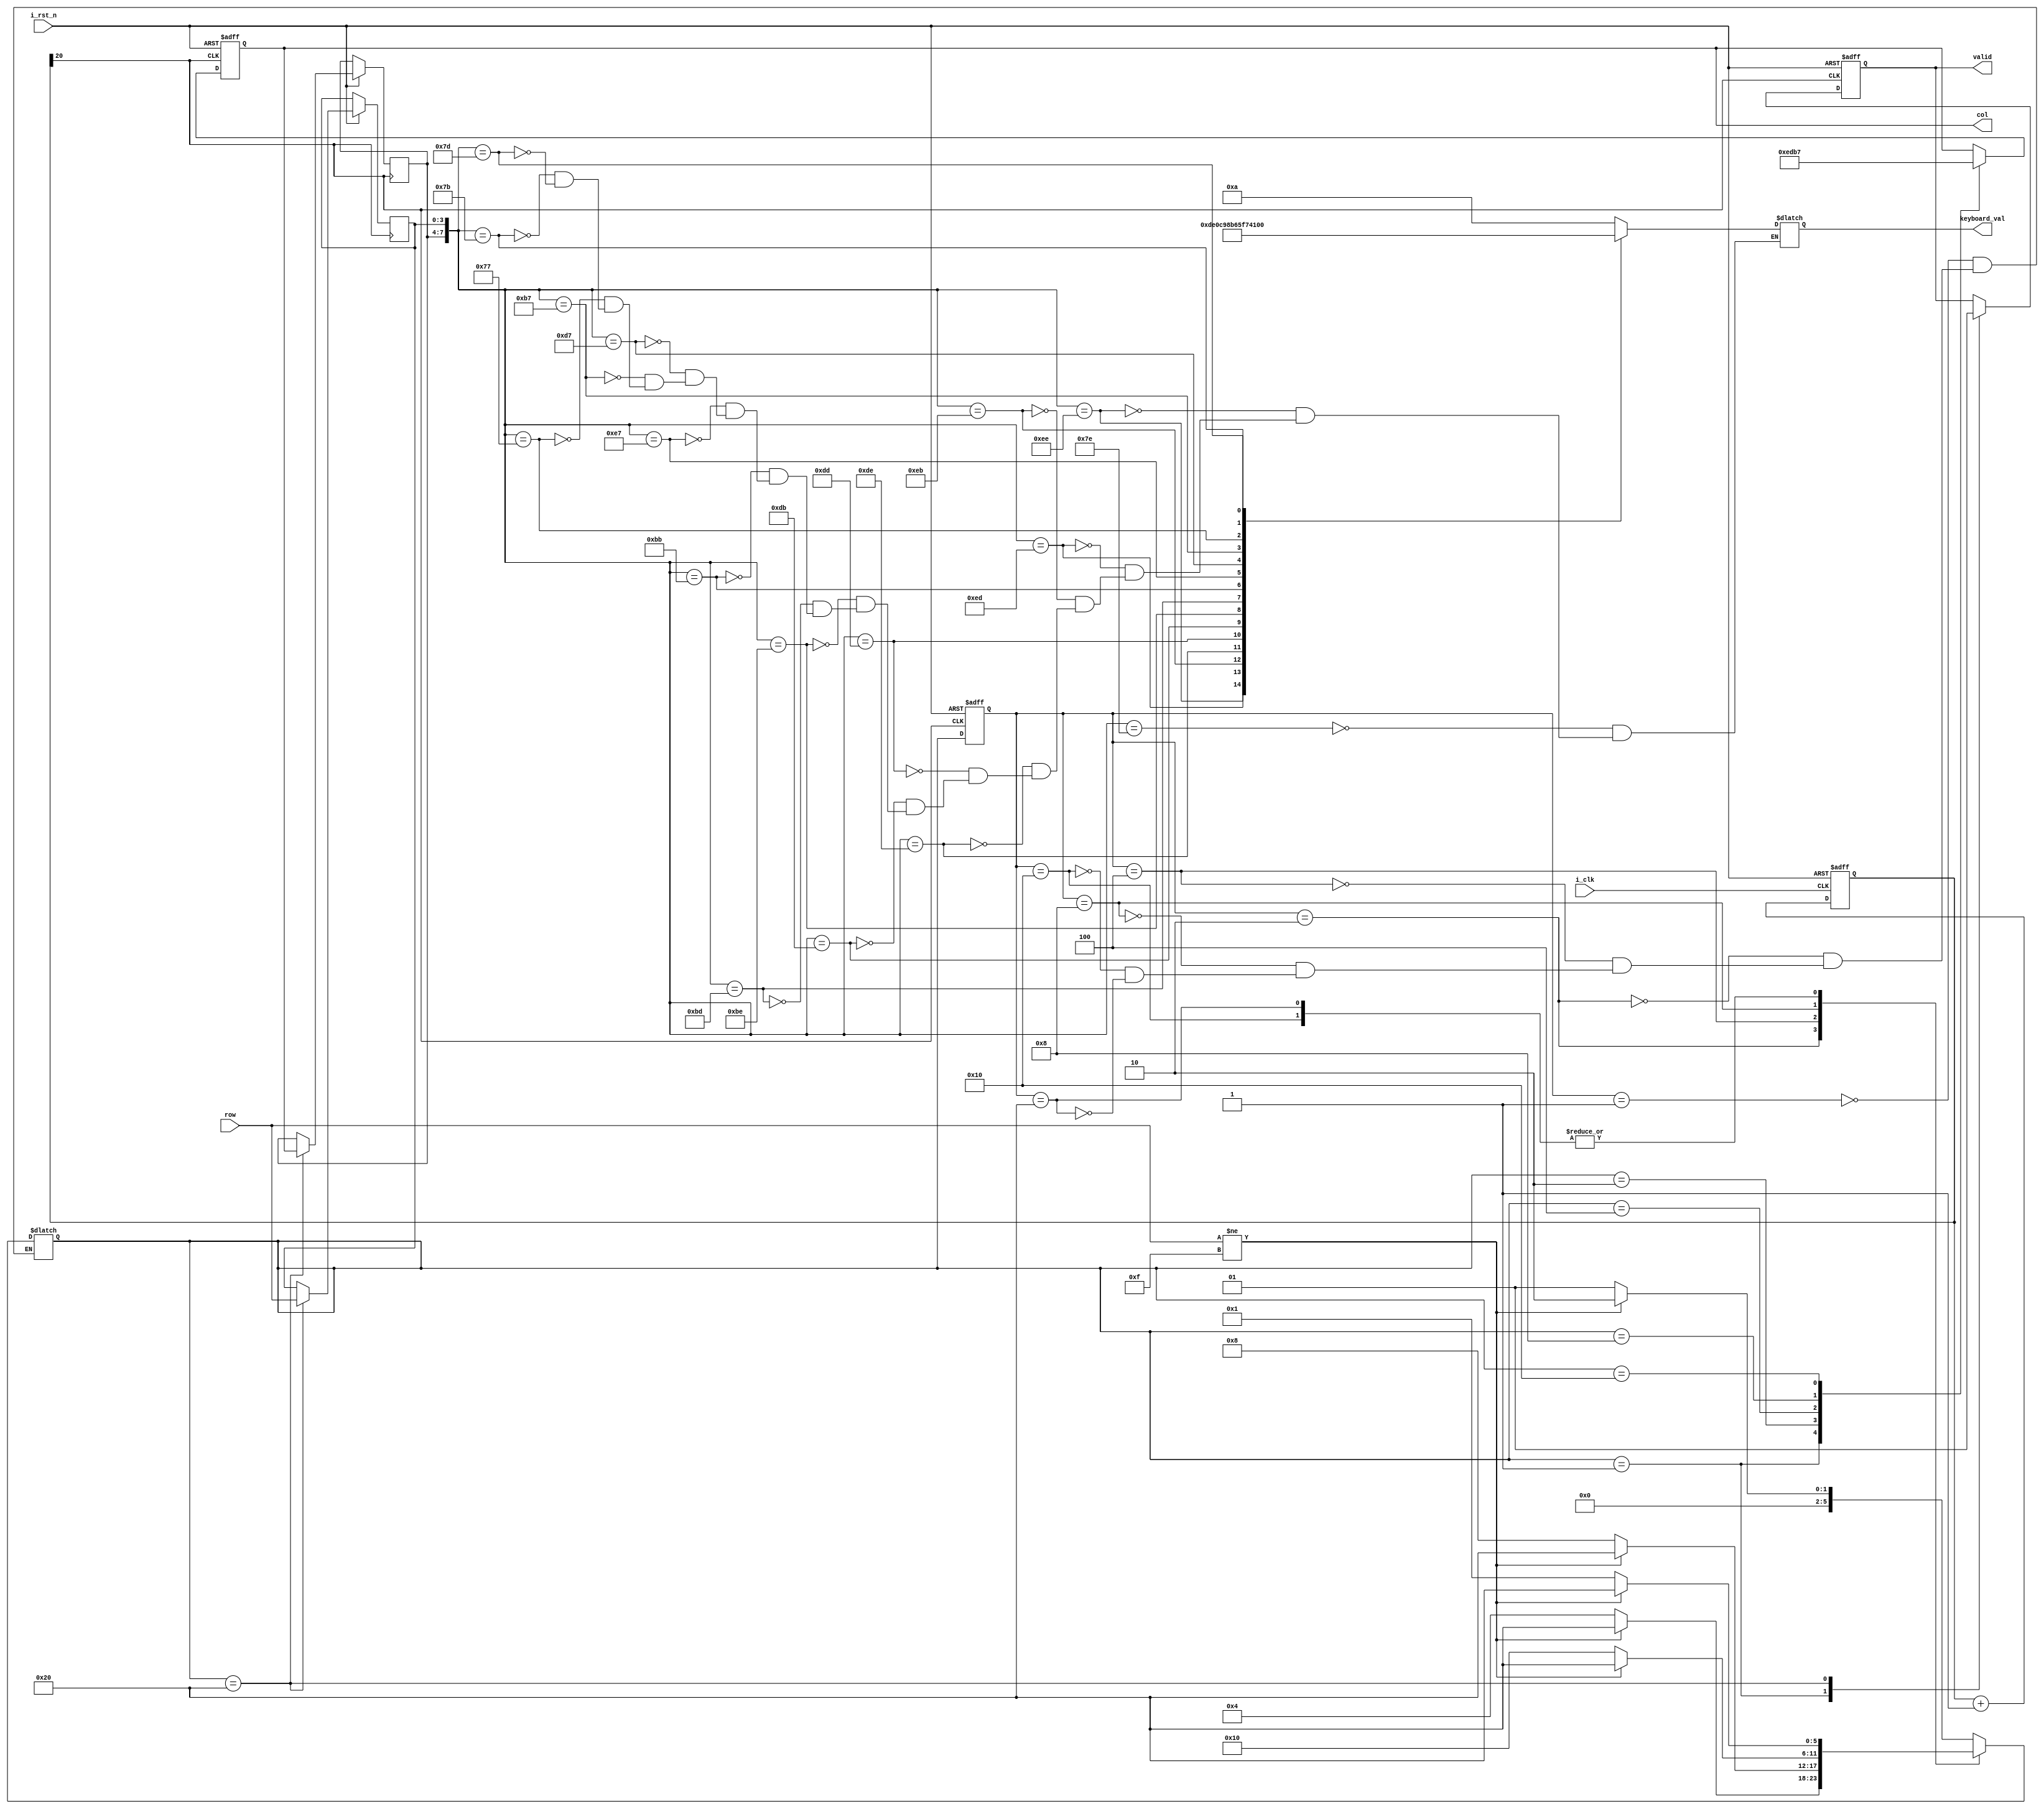
module ks (
	input i_clk,
	input i_rst_n,
	input [3:0] row,
	output reg [3:0] col,
	output reg [3:0] keyboard_val,
	output valid
	);
	reg [20:0] cnt;
	always @ (posedge i_clk, negedge i_rst_n)
	if (!i_rst_n) cnt <= 0;
	else cnt <= cnt + 1'b1;
	wire key_clk = cnt[20]; // (2^21/100M =21)ms
	//--------------------------------------
	parameter NO_KEY_PRESSED = 6'b000_001;
	parameter SCAN_COL0 = 6'b000_010;
	parameter SCAN_COL1 = 6'b000_100;
	parameter SCAN_COL2 = 6'b001_000;
	parameter SCAN_COL3 = 6'b010_000;
	parameter KEY_PRESSED = 6'b100_000;
	reg [5:0] current_state, next_state;
	
	always @ (posedge key_clk, negedge i_rst_n)
	if (!i_rst_n) current_state<=NO_KEY_PRESSED;
	else current_state <= next_state;
	always @ *
	case (current_state)
		NO_KEY_PRESSED :
		if (row != 4'hF) next_state = SCAN_COL0;
		else next_state = NO_KEY_PRESSED;
		
		SCAN_COL0 :
		if (row != 4'hF) next_state = KEY_PRESSED;
		else next_state = SCAN_COL1;
		
		SCAN_COL1 :
		if (row != 4'hF) next_state = KEY_PRESSED;
		else next_state = SCAN_COL2;
		
		SCAN_COL2 :
		if (row != 4'hF) next_state = KEY_PRESSED;
		else next_state = SCAN_COL3;
		
		SCAN_COL3 :
		if (row != 4'hF) next_state = KEY_PRESSED;
		else next_state = NO_KEY_PRESSED;
		
		KEY_PRESSED :
		if (row != 4'hF) next_state = KEY_PRESSED;
		else next_state = NO_KEY_PRESSED;
	endcase

	reg key_pressed_flag;
	reg [3:0] col_val, row_val;
	always @ (posedge key_clk, negedge i_rst_n)
	if (!i_rst_n) begin
	col <= 4'h0;
	key_pressed_flag <= 0;
	end
	else case (next_state)
		NO_KEY_PRESSED : begin
			col <= 4'h0;
			key_pressed_flag <= 0;
		end
		
		SCAN_COL0 : col <= 4'b1110;
		SCAN_COL1 : col <= 4'b1101;
		SCAN_COL2 : col <= 4'b1011;
		SCAN_COL3 : col <= 4'b0111;
		
		KEY_PRESSED : begin
			col_val <= col;
			row_val <= row;
			key_pressed_flag <= 1;
		end
	endcase

	always @ (*)
	case ({col_val, row_val})
		//Adopted to Libertron LCD and Modified Keypad
		8'b0111_1110 : keyboard_val <= 4'hA;
		8'b1110_1110 : keyboard_val <= 4'hD;
		8'b1110_1101 : keyboard_val <= 4'hE;
		8'b1110_1011 : keyboard_val <= 4'h0;
		8'b1101_1110 : keyboard_val <= 4'hC;
		8'b1101_1101 : keyboard_val <= 4'h9;
		8'b1101_1011 : keyboard_val <= 4'h8;
		8'b1011_1110 : keyboard_val <= 4'hB;
		8'b1011_1101 : keyboard_val <= 4'h6;
		8'b1011_1011 : keyboard_val <= 4'h5;
		8'b1110_0111 : keyboard_val <= 4'hF;
		8'b1101_0111 : keyboard_val <= 4'h7;
		8'b1011_0111 : keyboard_val <= 4'h4;
		8'b0111_0111 : keyboard_val <= 4'h1;
		8'b0111_1011 : keyboard_val <= 4'h2;
		8'b0111_1101 : keyboard_val <= 4'h3;
	endcase
	assign valid = key_pressed_flag;
endmodule